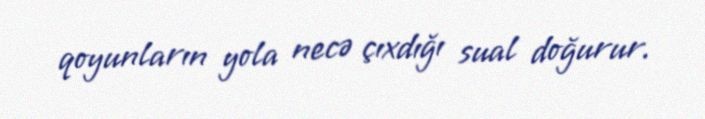
qoyunların yola necə çıxdığı sual doğurur.